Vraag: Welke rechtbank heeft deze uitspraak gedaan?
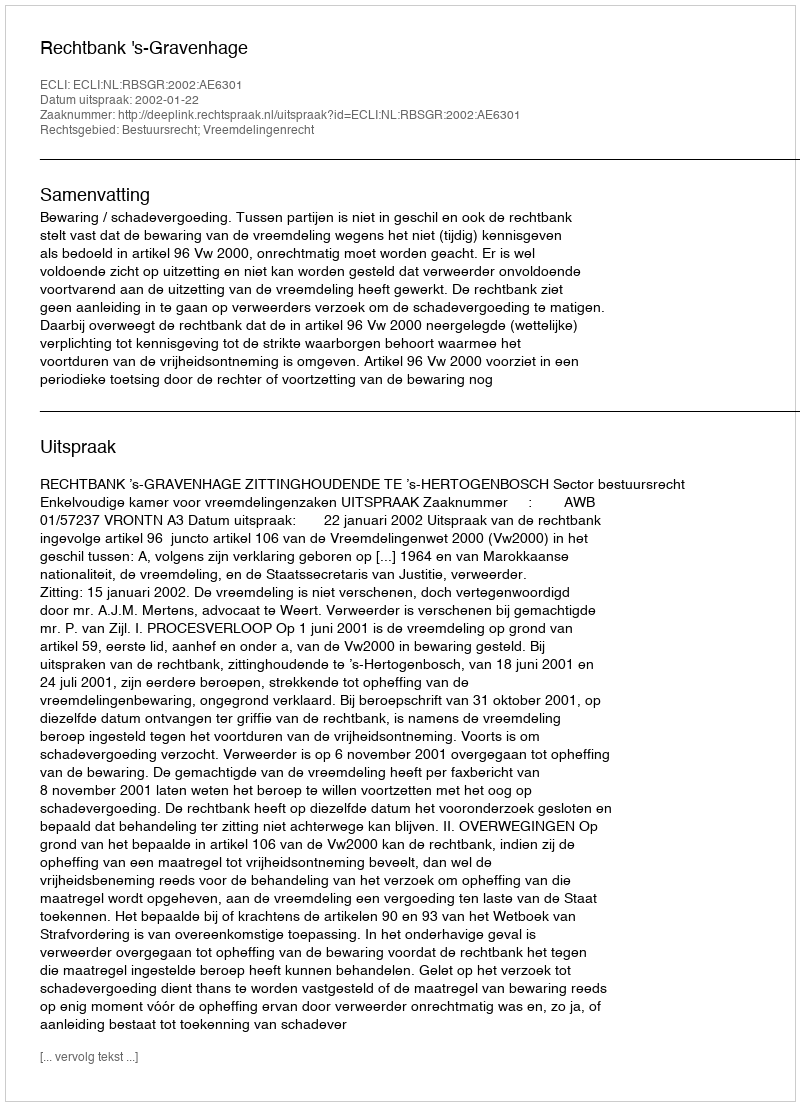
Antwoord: Rechtbank 's-Gravenhage